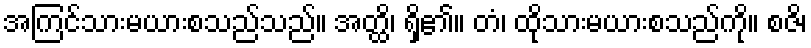
အကြင်သားမယားစသည်သည်။ အတ္ထိ၊ ရှိ၏။ တံ၊ ထိုသားမယားစသည်ကို။ စဇိ၊